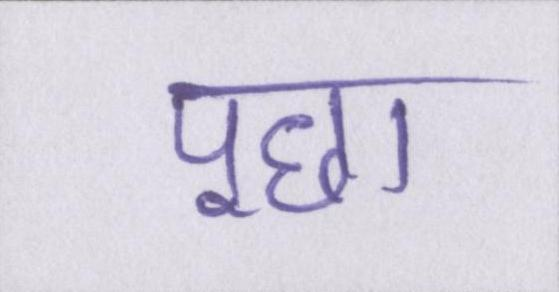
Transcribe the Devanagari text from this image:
पूछा